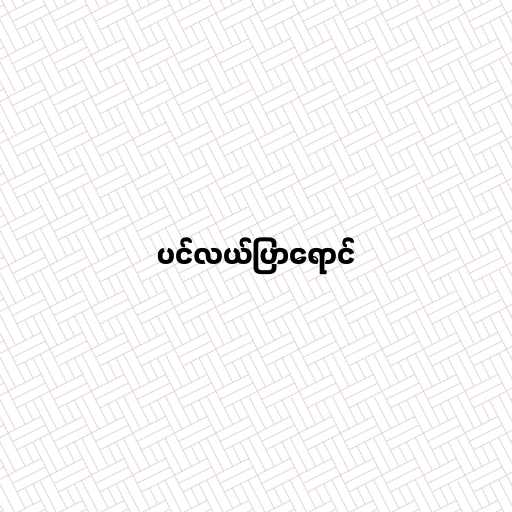
ပင်လယ်ပြာရောင်